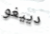
دييغو